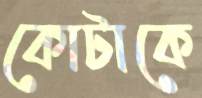
কোটাকে